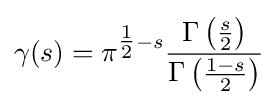
\gamma (s)=\pi ^{{\tfrac {1}{2}}-s}{\frac {\Gamma \left({\tfrac {s}{2}}\right)}{\Gamma \left({\tfrac {1-s}{2}}\right)}}